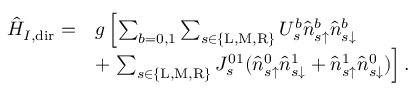
\begin{array} { r l } { \hat { H } _ { I , \mathrm { d i r } } = } & { g \left[ \sum _ { b = 0 , 1 } \sum _ { s \in \{ \mathrm { L } , \mathrm { M } , \mathrm { R } \} } U _ { s } ^ { b } \hat { n } _ { s \uparrow } ^ { b } \hat { n } _ { s \downarrow } ^ { b } \right. } \\ & { + \left. \sum _ { s \in \{ \mathrm { L } , \mathrm { M } , \mathrm { R } \} } J _ { s } ^ { 0 1 } ( \hat { n } _ { s \uparrow } ^ { 0 } \hat { n } _ { s \downarrow } ^ { 1 } + \hat { n } _ { s \uparrow } ^ { 1 } \hat { n } _ { s \downarrow } ^ { 0 } ) \right] . } \end{array}